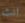
انت